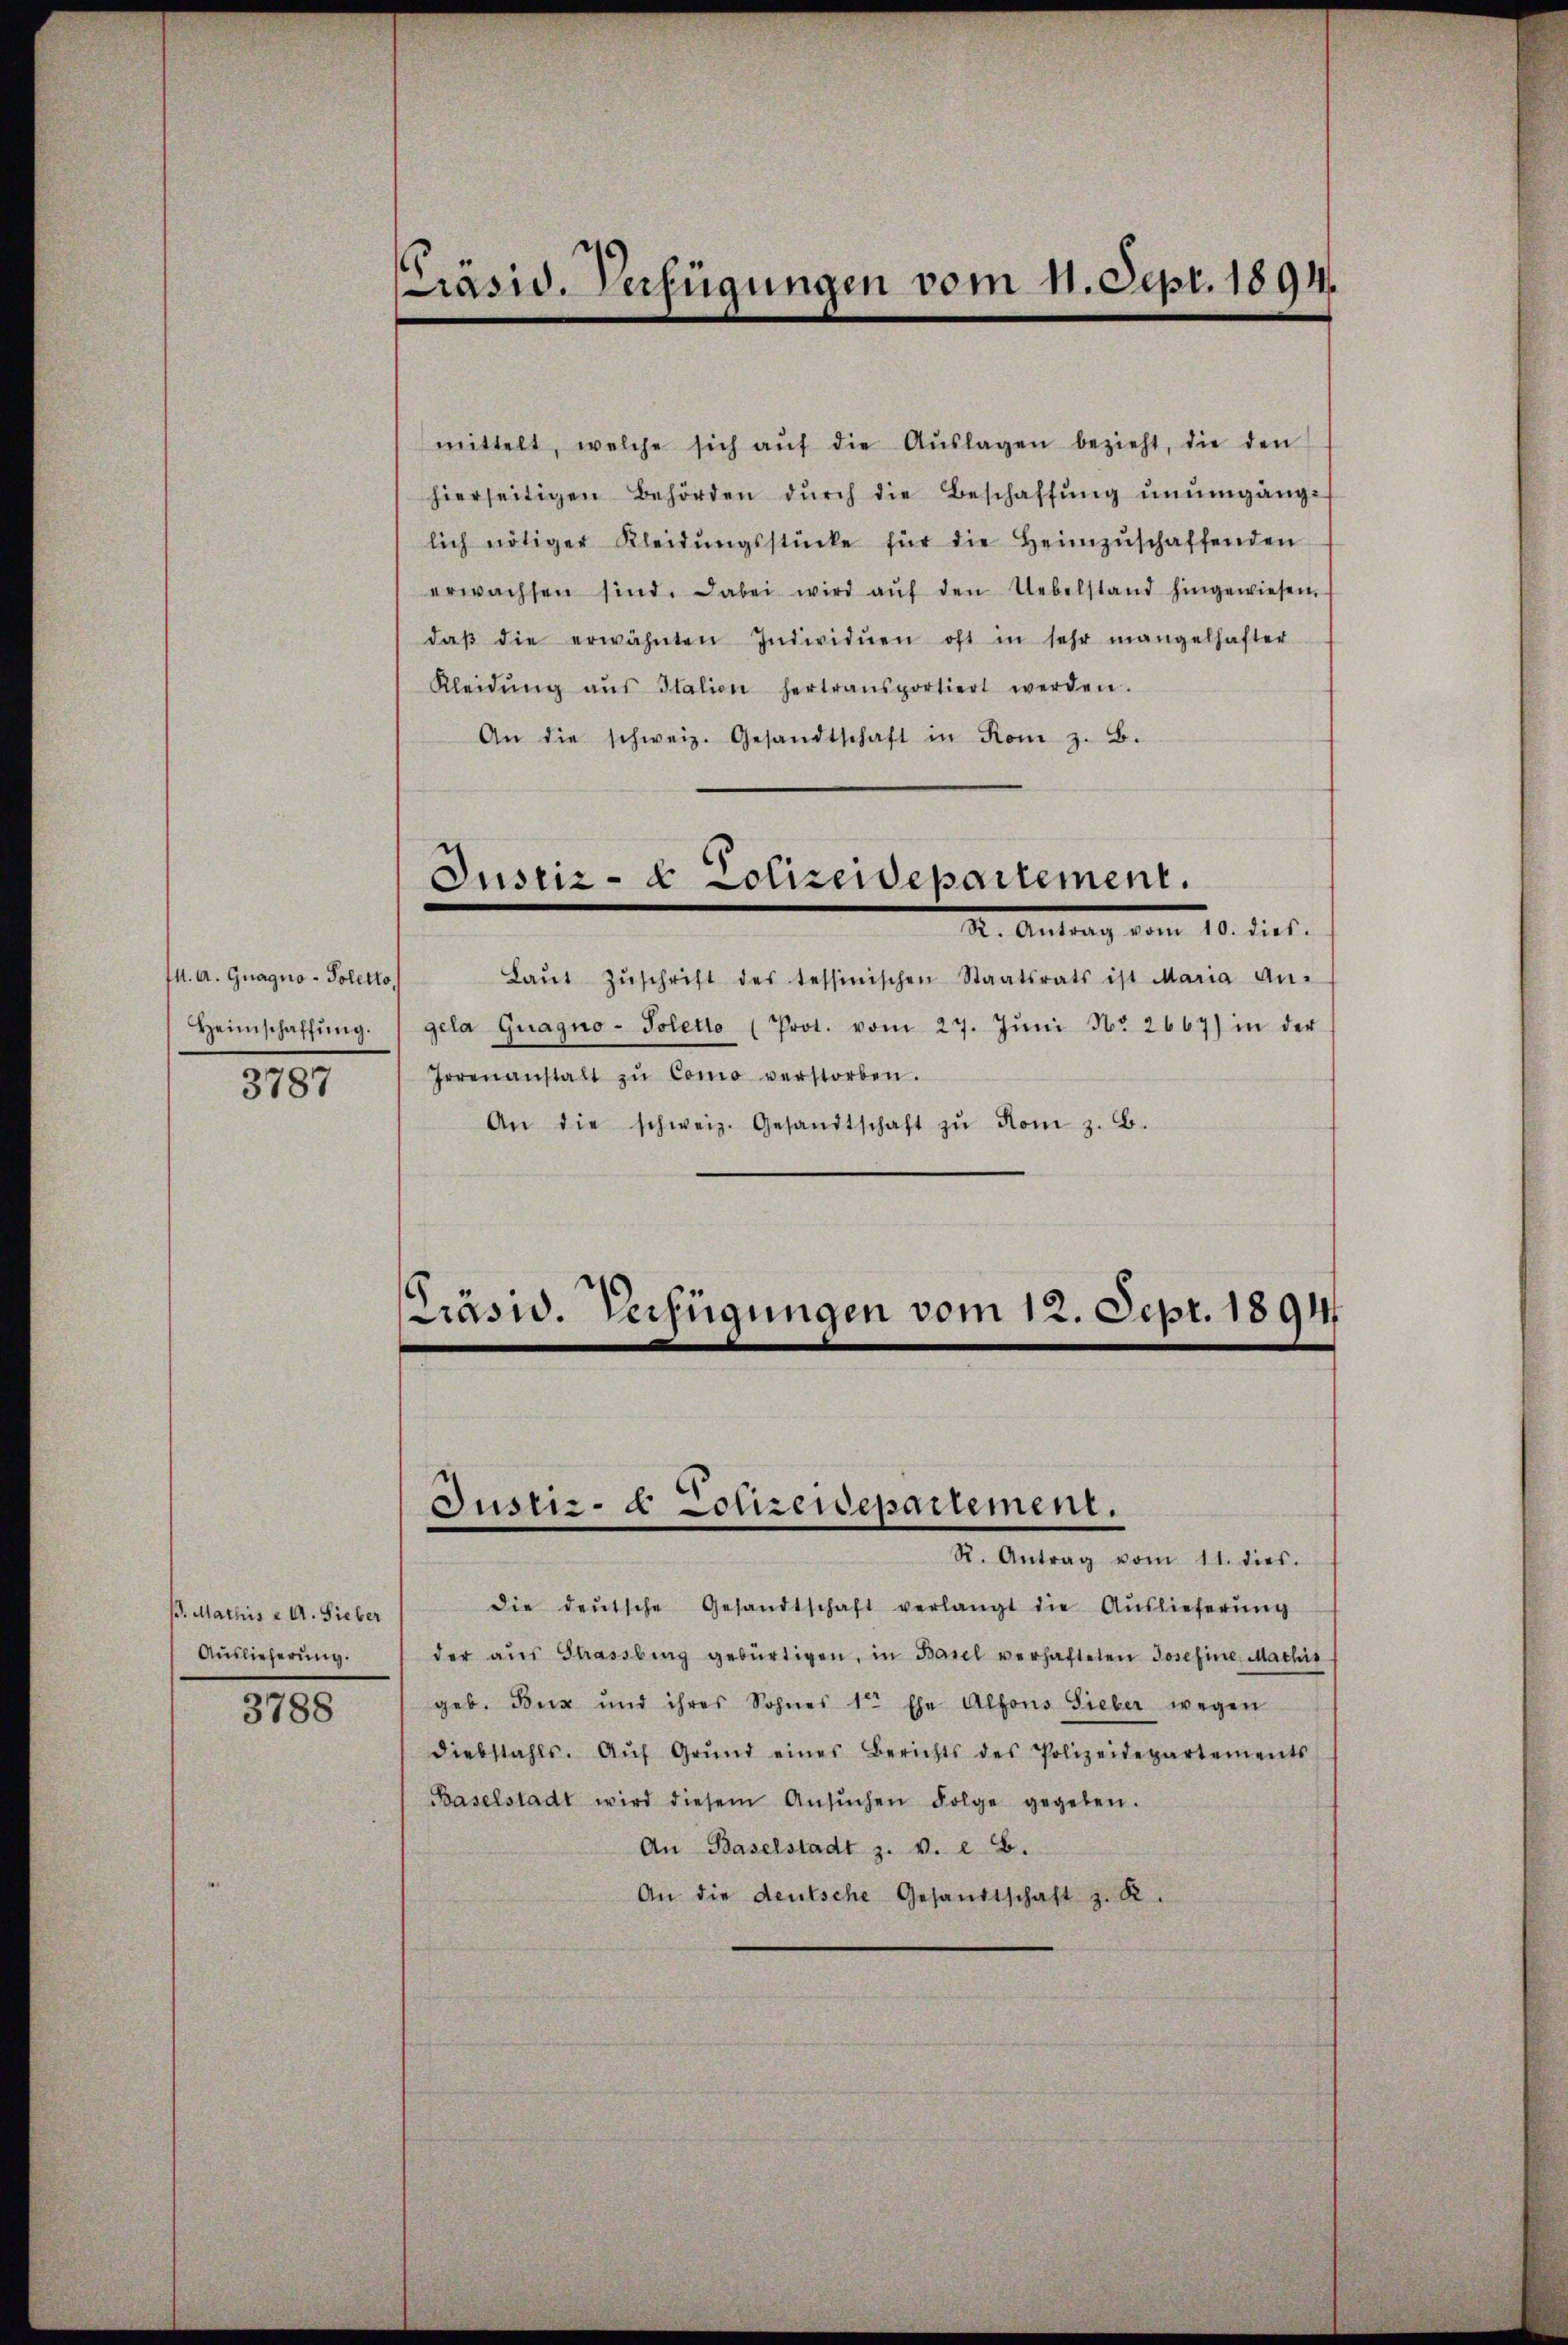
M. A. Guagno - Poletto,
Heimschaffŭng.
3787

. Mathis & A. Sieber
Auslieferung.
3788

asid. Verfügungen vom 11. Sept. 1894.

mittelt, welche sich aŭf die Aŭslagen bezieht, die den
hierseitigen Behörden dŭrch die Beschaffŭng ŭnŭmgäng-
lich nötiger Kleidŭngsstücke für die Heimzŭschaffenden
erwachsen sind. Dabei wird aŭf den Uebelstand hingewiesen,
daβ die erwähnten Individuen oft in sehr mangelhafter
Kleidŭng aŭs Italien hertransportiert werden.
An die schweiz. Gesandtschaft in Rom z. B.

Laŭt Zŭschrift des tessinischen Staatsrats ist Maria An-
gela Guagno - Poletto (Prot. vom 27. Jŭni No 2667) in der
Irrenanstalt zŭ Como verstorben.
An die schweiz. Gesandtschaft zŭ Rom z. B.

Justiz- & Polizeidepartement.
. Antrag vom 10. dies

Präsid. Verfügungen vom 12. Sept. 1894

Justiz- & Conzendepartement.
R. Antrag vom 11. dies.

die deŭtsche Gesandtschaft verlangt die Auslieferŭng
der aŭs Strassberg gebürtigen, in Basel verhafteten Josefine Mathis
geb. Buz und ihres Sohnes 1te Ehe Alfons Sieber wegen
diebstahls. Aŭf Grŭnd eines Berichts des Polizeidepartements
Baselstadt wird diesem Ansŭchen Folge gegeben.
An Baselstadt z. v. i. B.
An die deutsche Gesandtschaft z. R.